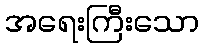
အရေးကြီးသော